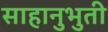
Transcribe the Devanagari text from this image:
साहानुभुती